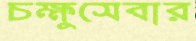
চক্ষুসেবার